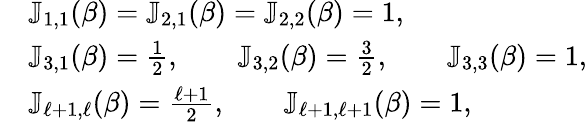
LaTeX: \begin{array}{rl}&{\mathbb J_{1,1}(\beta)=\mathbb J_{2,1}(\beta)=\mathbb J_{2,2}(\beta)=1,}\\ &{\mathbb J_{3,1}(\beta)={\frac{1}{2}},\qquad\mathbb J_{3,2}(\beta)={\frac{3}{2}},\qquad\mathbb J_{3,3}(\beta)=1,}\\ &{\mathbb J_{\ell+1,\ell}(\beta)={\frac{\ell+1}{2}},\qquad\mathbb J_{\ell+1,\ell+1}(\beta)=1,}\end{array}